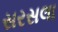
સરસલા